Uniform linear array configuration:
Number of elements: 48
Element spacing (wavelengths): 0.75
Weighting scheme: cosine
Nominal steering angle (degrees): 15
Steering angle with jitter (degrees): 13.774
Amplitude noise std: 0.05
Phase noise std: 0.05

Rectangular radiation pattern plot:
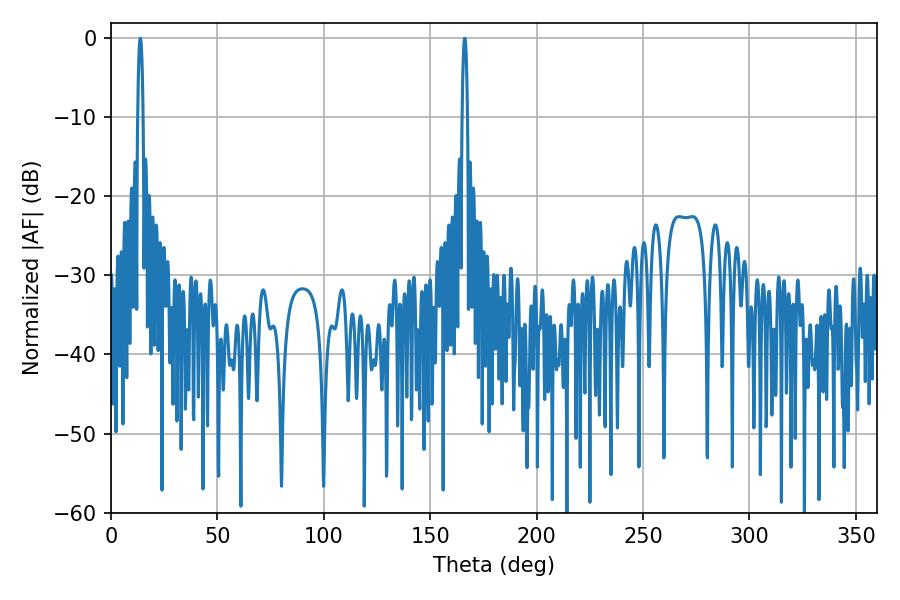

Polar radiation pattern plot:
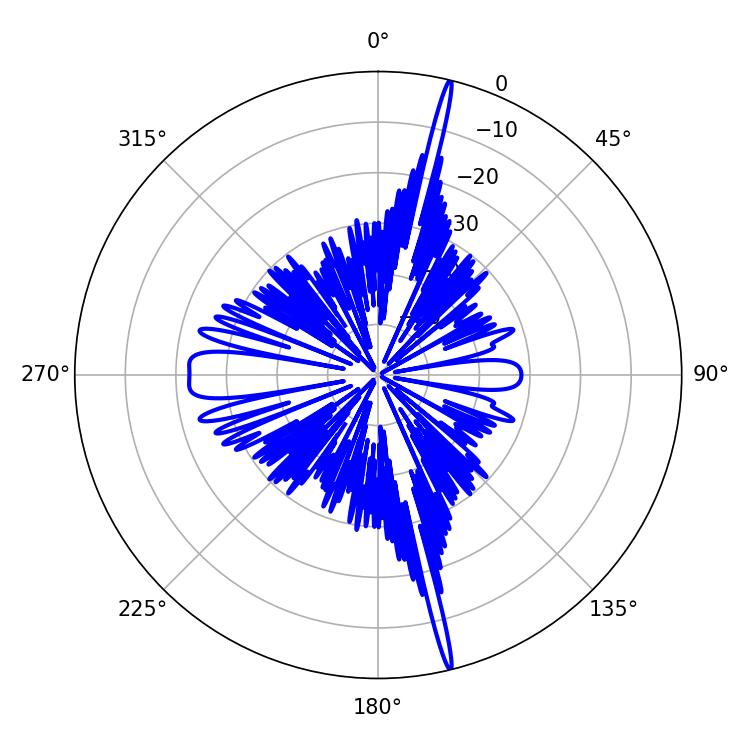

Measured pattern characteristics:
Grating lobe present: TRUE
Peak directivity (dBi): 22.357
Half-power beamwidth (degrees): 1.26
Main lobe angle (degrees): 166.14